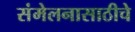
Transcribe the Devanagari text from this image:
संमेलनासाठीचे